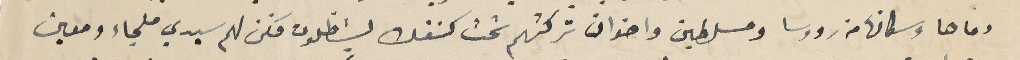
وماها وسكانها من رووسا ومسلطين واخوان تركتهم تحت كنفك يسَتظلون فكن لهم سيدي ملجاء ومعين